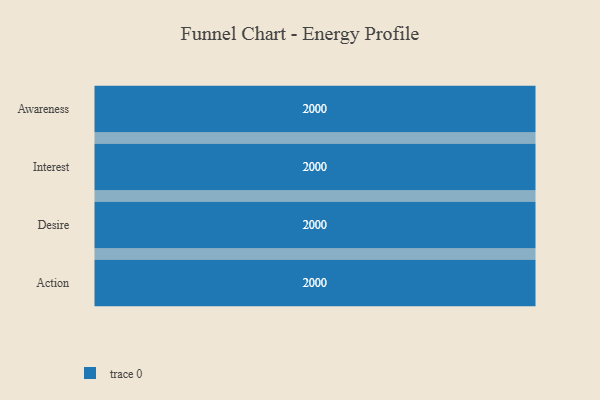
{"axis": {"x": "Stage", "y": "Value"}, "legend": [""], "data": [{"x": "Awareness", "y": 2000, "type": ""}, {"x": "Interest", "y": 2000, "type": ""}, {"x": "Desire", "y": 2000, "type": ""}, {"x": "Action", "y": 2000, "type": ""}]}